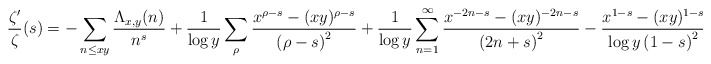
\begin{align*}\frac{\zeta'}{\zeta}(s) = -\sum_{n\leq xy}\frac{\Lambda_{x,y}(n)}{n^s} + \frac{1}{\log{y}}\sum_{\rho}\frac{x^{\rho-s}-(xy)^{\rho-s}}{\left(\rho-s\right)^{2}} + \frac{1}{\log{y}}\sum_{n=1}^{\infty}\frac{x^{-2n-s}-(xy)^{-2n-s}}{\left(2n+s\right)^{2}}-\frac{x^{1-s}-(xy)^{1-s}}{\log y\left(1-s\right)^{2}}.\end{align*}